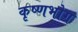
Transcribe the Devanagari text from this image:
कृष्णभोग